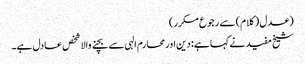
(عدل (کلام) سے رجوع مکرر)
شیخ مفید نے کہا ہے: دین اور محارم الہی سے بچنے والا شخص عادل ہے۔